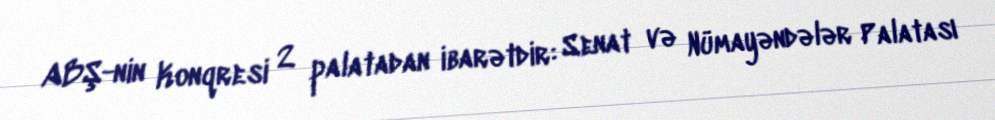
ABŞ-nin Konqresi 2 palatadan ibarətdir: Senat və Nümayəndələr Palatası